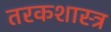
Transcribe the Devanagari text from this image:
तरकशास्त्र